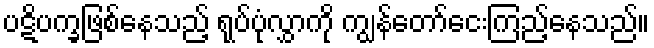
ပဋိပက္ခဖြစ်နေသည့် ရုပ်ပုံလွှာကို ကျွန်တော်ငေးကြည့်နေသည်။